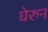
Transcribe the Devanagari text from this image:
घेरुन